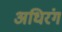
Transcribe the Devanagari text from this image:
अधिरंग